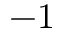
- 1